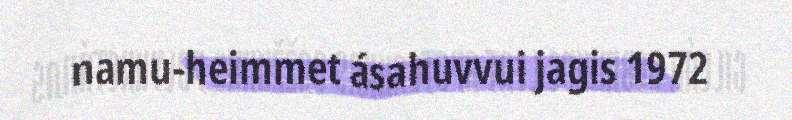
namu-heimmet ásahuvvui jagis 1972